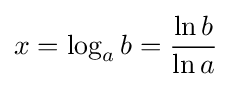
x=\log _{a}b={\frac {\ln b}{\ln a}}